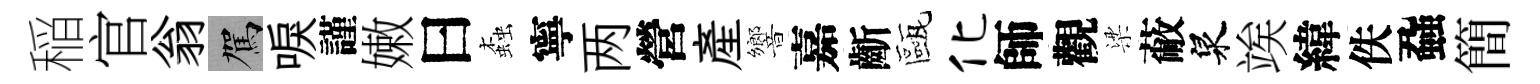
稲官翁駕唳謹嫩曰螙寧两營産響嘉齗甌化師觀梁蔽泉竢緯佚蝨簡